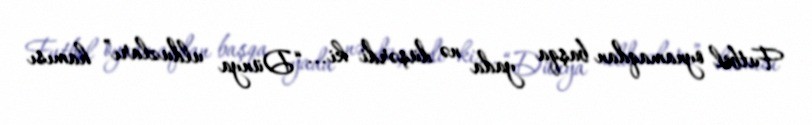
Futbol oynamaqdan başqa yada nə düşərdi ki... “Dünya ulduzları” hamısı